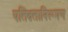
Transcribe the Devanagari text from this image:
पतिव्रतानिरूपण